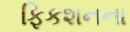
ફિકશનના